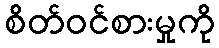
စိတ်ဝင်စားမှုကို